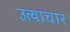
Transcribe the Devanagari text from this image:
उत्याचार